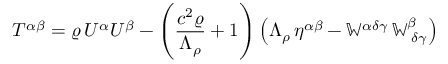
T ^ { \alpha \beta } = \varrho \, U ^ { \alpha } U ^ { \beta } - \left( \frac { c ^ { 2 } \varrho } { \Lambda _ { \rho } } + 1 \right) \left( \Lambda _ { \rho } \, \eta ^ { \alpha \beta } - \mathbb { W } ^ { \alpha \delta \gamma } \, \mathbb { W } _ { \; \delta \gamma } ^ { \beta } \right)